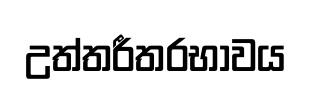
උත්තරීතරභාවය